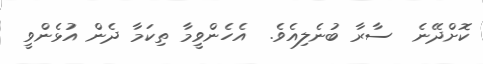
ކޮށްދޭނެ  ސާރާ ބުނެލިއެވެ.  އެހެންވީމާ ތިކަމާ ދެން އުޅެންވީ